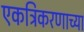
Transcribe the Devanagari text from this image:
एकत्रिकरणाच्या